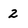
Character: 2